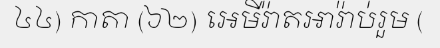
៤៤) កាតា (៦២) អេមីរ៉ាតអារ៉ាប់រួម (